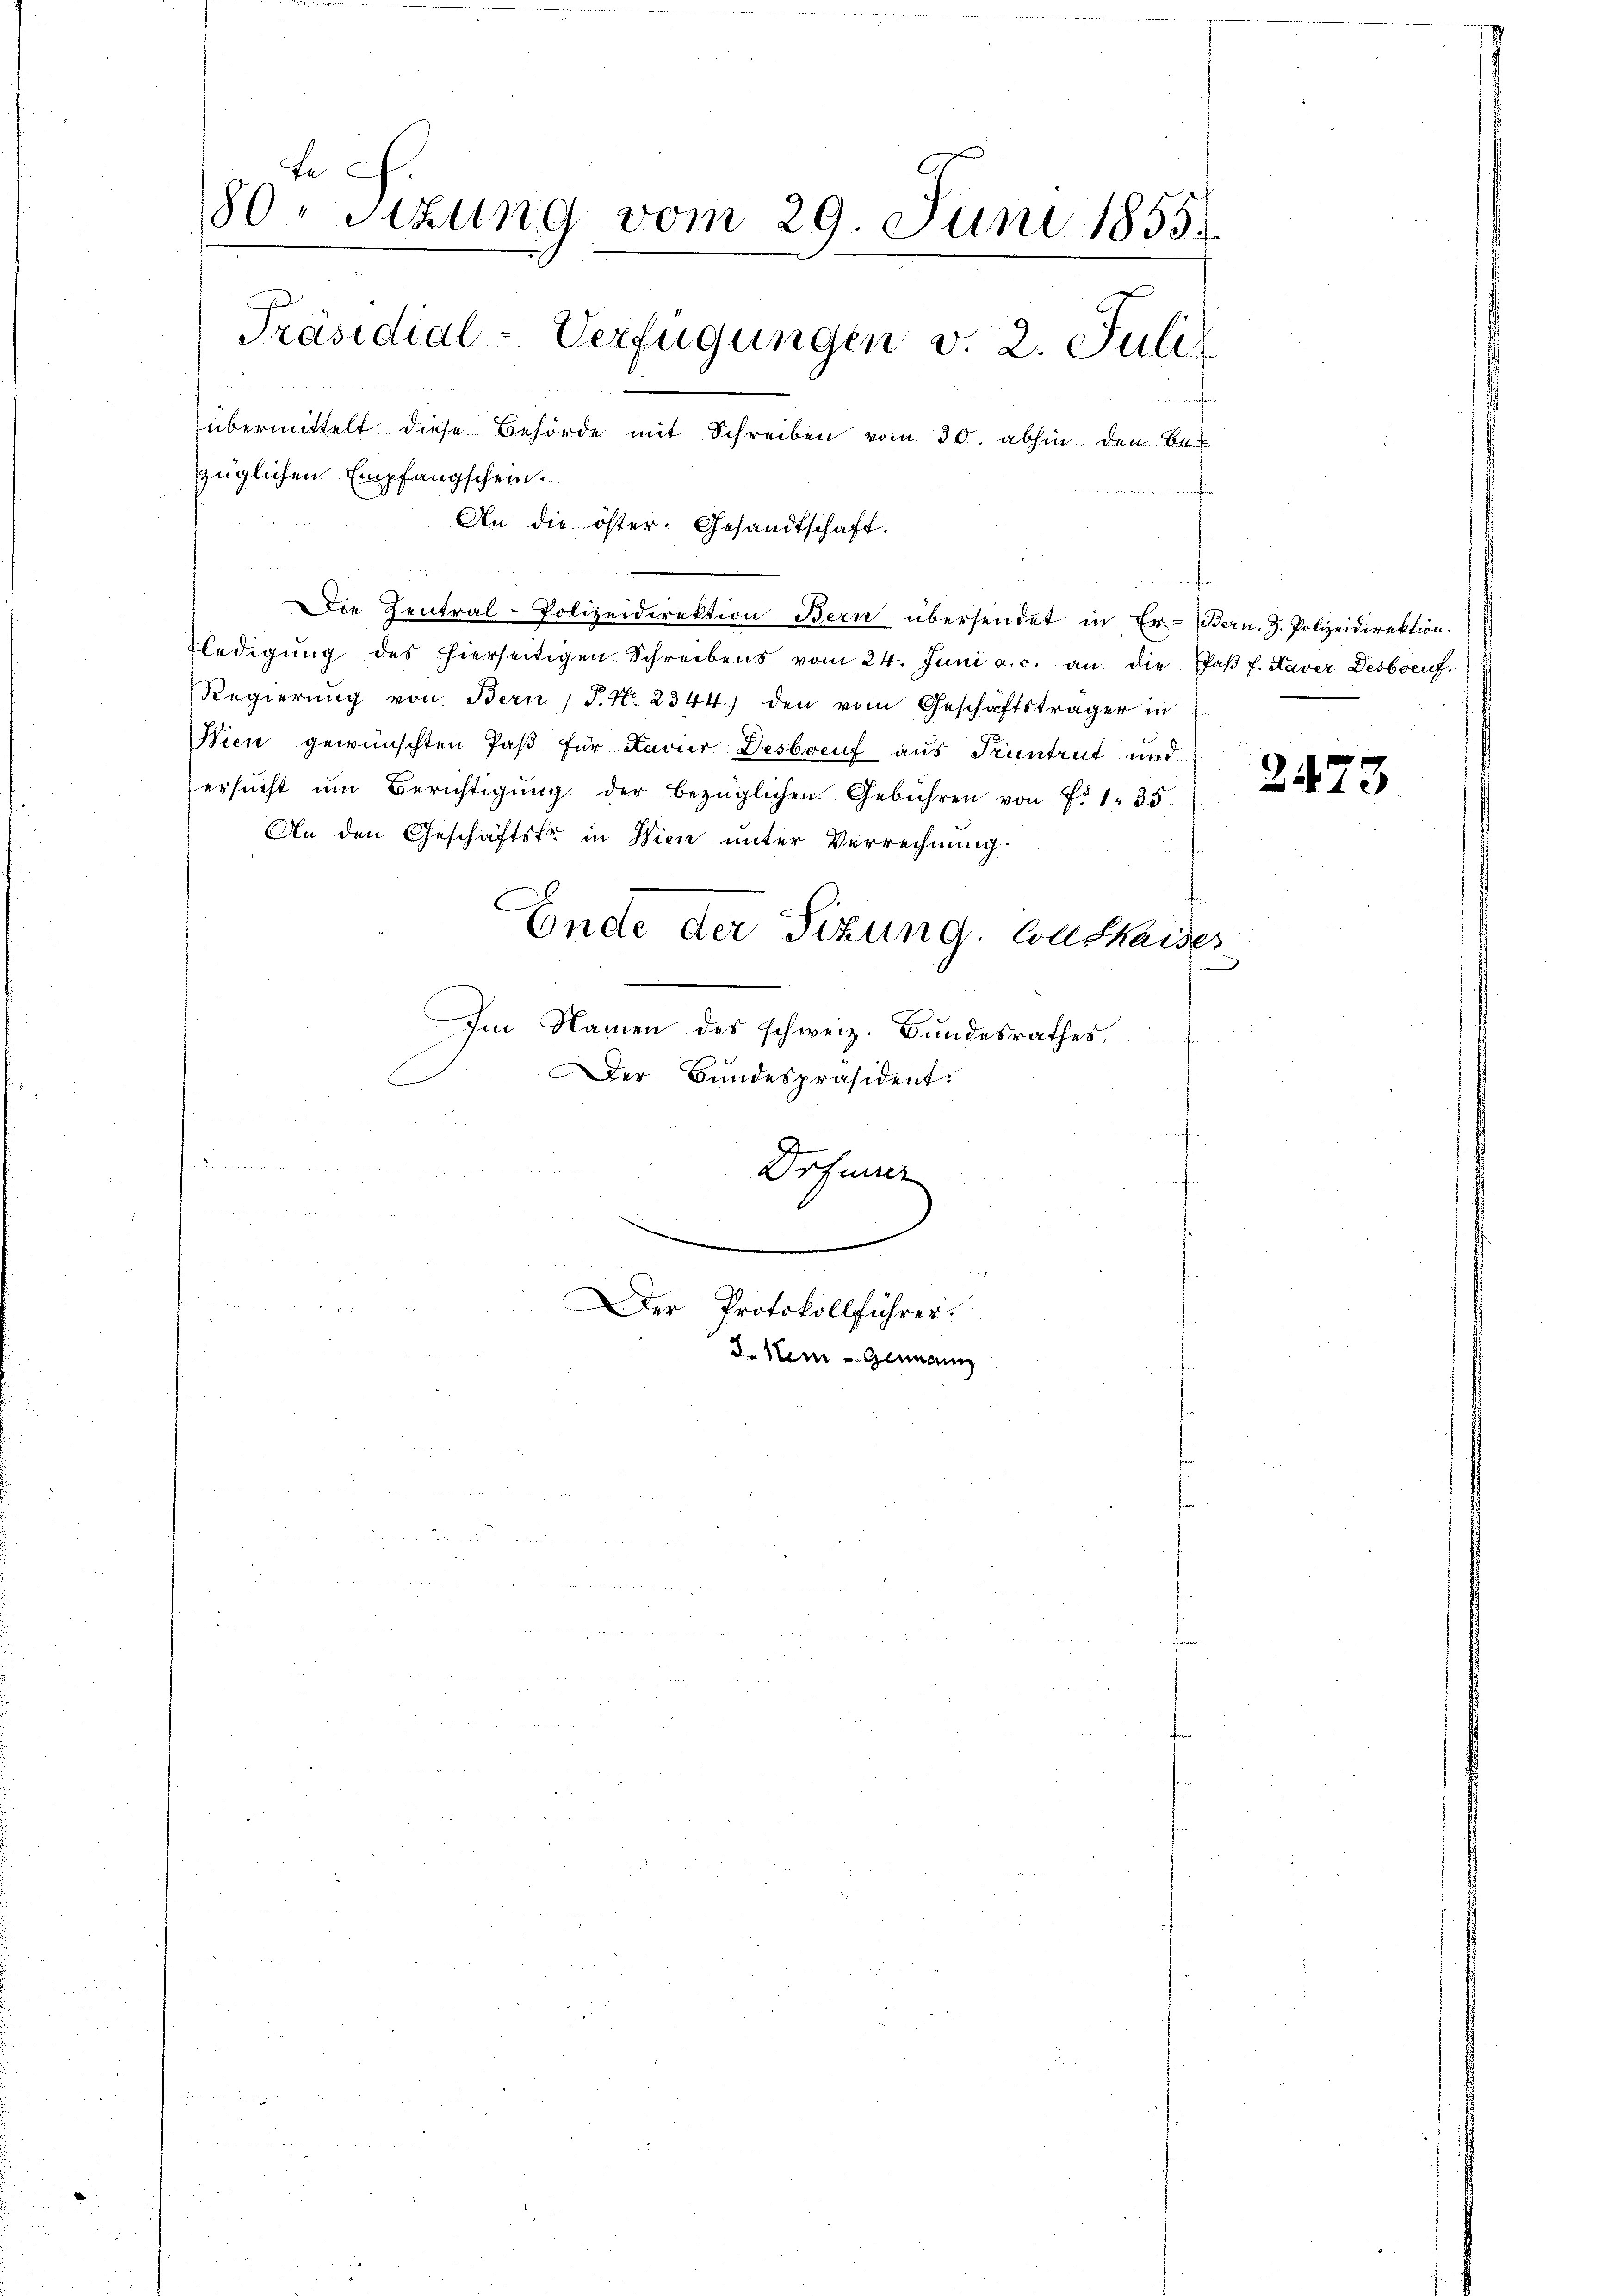
te
80. Sitzung vom 29. Juni 1855.
Präsidial-Verfügungen v. 2. Juli

übermittelt diese Behörde mit Schreiben vom 30. abhin den Bezüglichen Empfangschein.

An die öster. Gesandtschaft.
Die Zentral-Polizeidirektion Bern übersendet in Er- Bern. J. Polizeidirektion.
ledigŭng des hierseitigen Schreibens vom 24. Juni a. c. an die Pfaβ f. Kaver Desboenf.
Regierung von Bern P. Nr. 2344.) den vom Geschäftsträger in
Wien gewünschten Paß für Lavier Desbruf aus Pruntrut und
ersŭcht ŭm Berichtigŭng der bezüglichen Gebühren von f. 1. 35.
An den Geschäftstr. in Wien unter Verrechnung
Ende der Sizung. Condkaides
Im Namen des schweiz. Bundesrathes,
Der Bundespräsident
Drfener

Der Protokollführer.
d. Neu - Genann

24